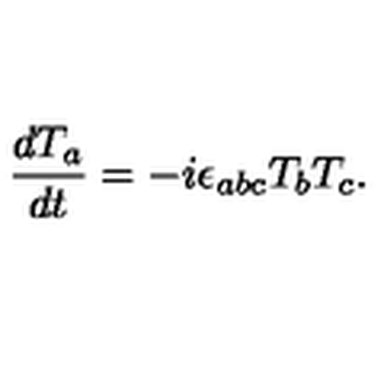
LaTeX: \frac { d T _ { a } } { d t } = - i \epsilon _ { a b c } T _ { b } T _ { c } .